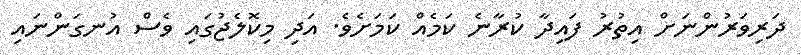
ދަރިވަރުންނަށް އިތުރު ފައިދާ ކުރާނެ ކަމެއް ކަމަށެވެ. އަދި މިކޮލެޖުގައި ވެސް އުނގަންނައި